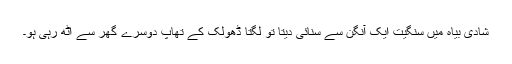
شادی بیاہ میں سنگیت ایک آنگن سے سنائی دیتا تو لگتا ڈھولک کے تھاپ دوسرے گھر سے اٹھ رہی ہو۔